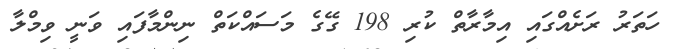
ހަތަރު ރަށެއްގައި އިމާރާތް ކުރި 198 ގޭގެ މަސައްކަތް ނިންމާފައި ވަނީ ވިމްލާ